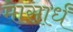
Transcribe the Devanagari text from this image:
मासार्धं